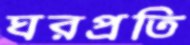
ঘরপ্রতি